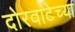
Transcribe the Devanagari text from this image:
दोरवाटेच्या